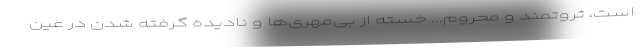
است، ثروتمند و محروم... خسته از بی‌مهری‌ها و نادیده گرفته شدن در عین